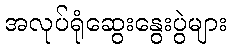
အလုပ်ရုံဆွေးနွေးပွဲများ